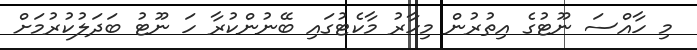
މި ހާއްސަ ނޫޓުގެ އިތުރުން މިހާރު މާކެޓުގައި ބޭނުންކުރާ ހަ ނޫޓު ބަދަލުކުރުމަށް